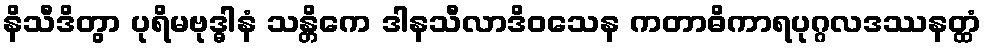
နိသီဒိတွာ ပုရိမဗုဒ္ဓါနံ သန္တိကေ ဒါနသီလာဒိဝသေန ကတာဓိကာရပုဂ္ဂလဒဿနတ္ထံ